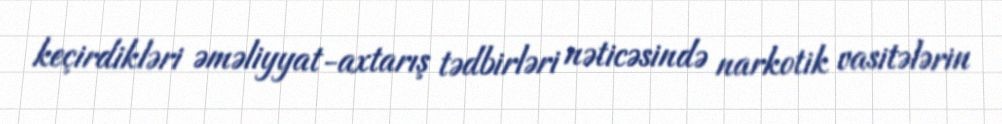
keçirdikləri əməliyyat-axtarış tədbirləri nəticəsində narkotik vasitələrin